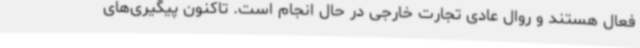
فعال هستند و روال عادی تجارت خارجی در حال انجام است. تاکنون پیگیری‌های